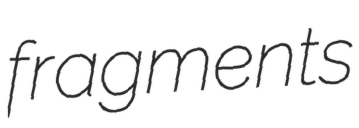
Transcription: fragments